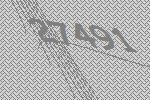
27491